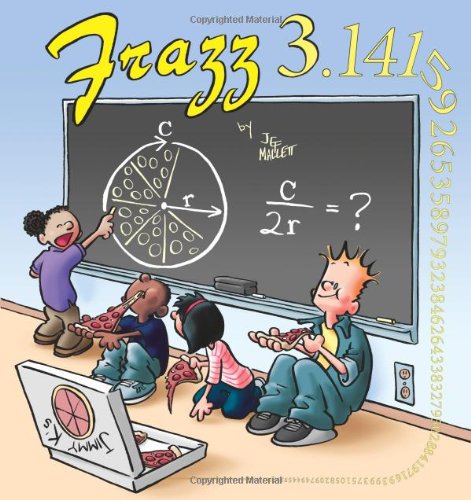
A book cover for Frazz 3.1416; Jef Mallett; Humor & Entertainment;